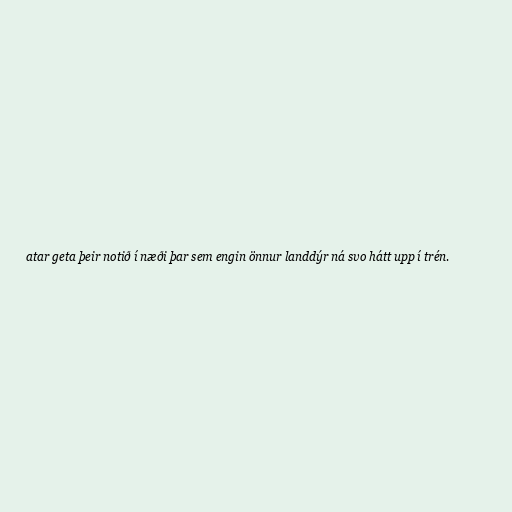
atar geta þeir notið í næði þar sem engin önnur landdýr ná svo hátt upp í trén.